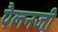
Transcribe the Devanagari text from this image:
पैलनजी